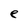
Character: e